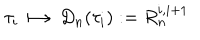
LaTeX: \tau _ { i } \longmapsto D _ { n } ( \tau _ { i } ) : = R _ { n } ^ { i , i + 1 }